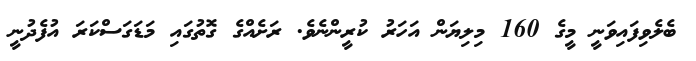
ބެލެވިފައިވަނީ މީގެ 160 މިލިޔަން އަހަރު ކުރީންނެވެ. ރަށެއްގެ ގޮތުގައި މަޑަގަސްކަރަ އުފެދުނީ